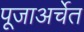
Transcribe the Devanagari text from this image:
पूजाअर्चेत